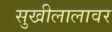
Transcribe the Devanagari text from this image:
सुखीलालावर